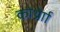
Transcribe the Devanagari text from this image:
कोर्थ्रेाा